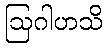
ဩဂါဟသိ